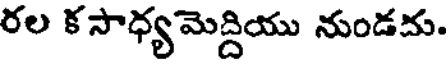
రల కసాధ్యమెద్దియు నుండదు.